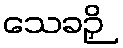
သေခဉှိ